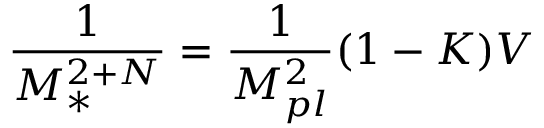
\frac { 1 } { M _ { \ast } ^ { 2 + N } } = \frac { 1 } { M _ { p l } ^ { 2 } } ( 1 - K ) { \cal V }